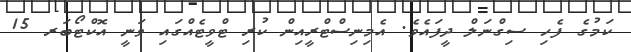
ކަމުގެ ފެހި ސިގްނަލް ދީފައެވެ. އެމިނިސްޓްރީއިން ކުރި ޓްވީޓެއްގައި ވަނީ އޮކްޓޯބަރ 15